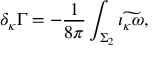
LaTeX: \delta _ { \kappa } \Gamma = - { \frac { 1 } { 8 \pi } } \int _ { \Sigma _ { 2 } } \widetilde { \iota _ { \kappa } \omega } ,